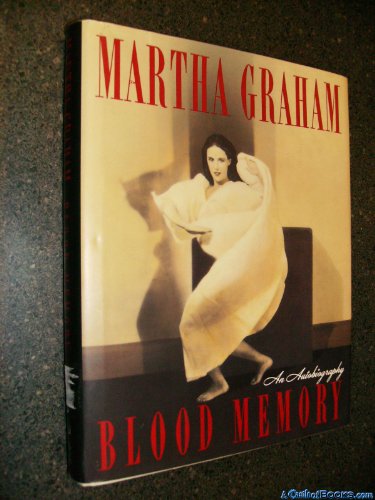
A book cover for Blood Memory: An autobiography; Martha Graham; Humor & Entertainment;